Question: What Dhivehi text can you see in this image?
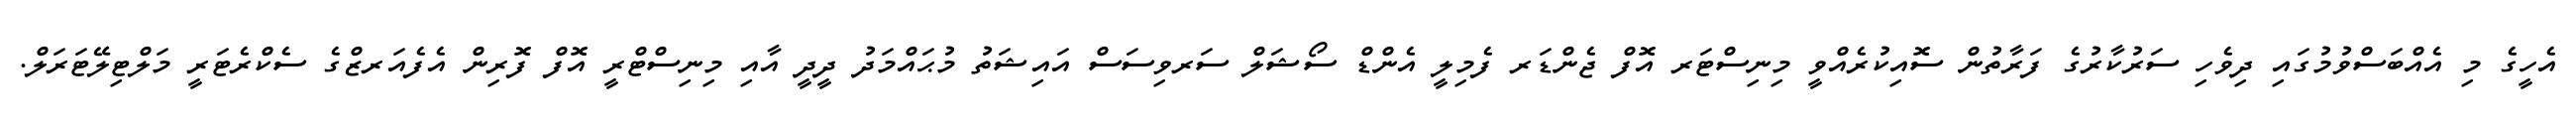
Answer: އެހީގެ މި އެއްބަސްވުމުގައި ދިވެހި ސަރުކާރުގެ ފަރާތުން ސޮއިކުރެއްވީ މިނިސްޓަރ އޮފް ޖެންޑަރ ފެމިލީ އެންޑް ސޯޝަލް ސަރވިސަސް އައިޝަތު މުޙައްމަދު ދީދީ އާއި މިނިސްޓްރީ އޮފް ފޮރިން އެފެއަރޒްގެ ސެކްރެޓަރީ މަލްޓިލޭޓަރަލް.